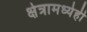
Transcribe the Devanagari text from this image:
क्षेत्रामध्येही